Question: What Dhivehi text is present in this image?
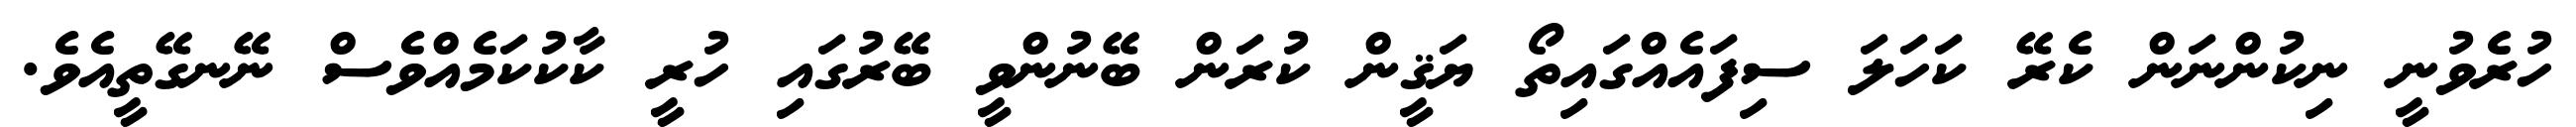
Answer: ހުރެވުނީ ނިކުންނަން ކެރޭ ކަހަލަ ސިފައެއްގައިތޯ ޔަޤީން ކުރަން ބޭނުންވީ ބޭރުގައި ހުރީ ކާކުކަމެއްވެސް ނޭނގޭތީއެވެ.